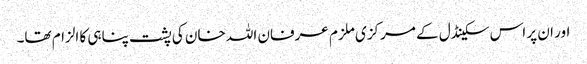
اور ان پر اس سکینڈل کے مرکزی ملزم عرفان اللہ خان کی پشت پناہی کا الزام تھا۔